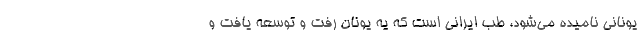
یونانی نامیده می‌شود، طب ایرانی است که یه یونان رفت و توسعه یافت و